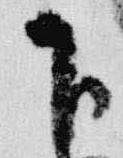
下